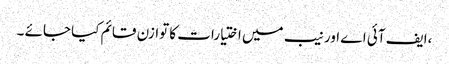
،ایف آئی اے اور نیب میں اختیارات کا توازن قائم کیا جائے ۔